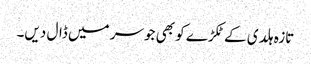
تازہ ہلدی کے ٹکڑے کو بھی جوسر میں ڈال دیں۔